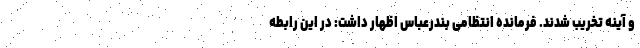
و آینه تخریب شدند. فرمانده انتظامی بندرعباس اظهار داشت: در این رابطه